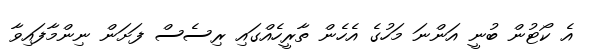
އެ ކޯޓުން ބުނީ އަންނަ މަހުގެ އެހެން ތާރީހެއްގައި ރިސެސް ފަށަން ނިންމާފައިވާ